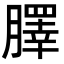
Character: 䐾